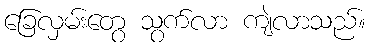
ခြေလှမ်းတွေ သွက်လာ ကျဲလာသည်။